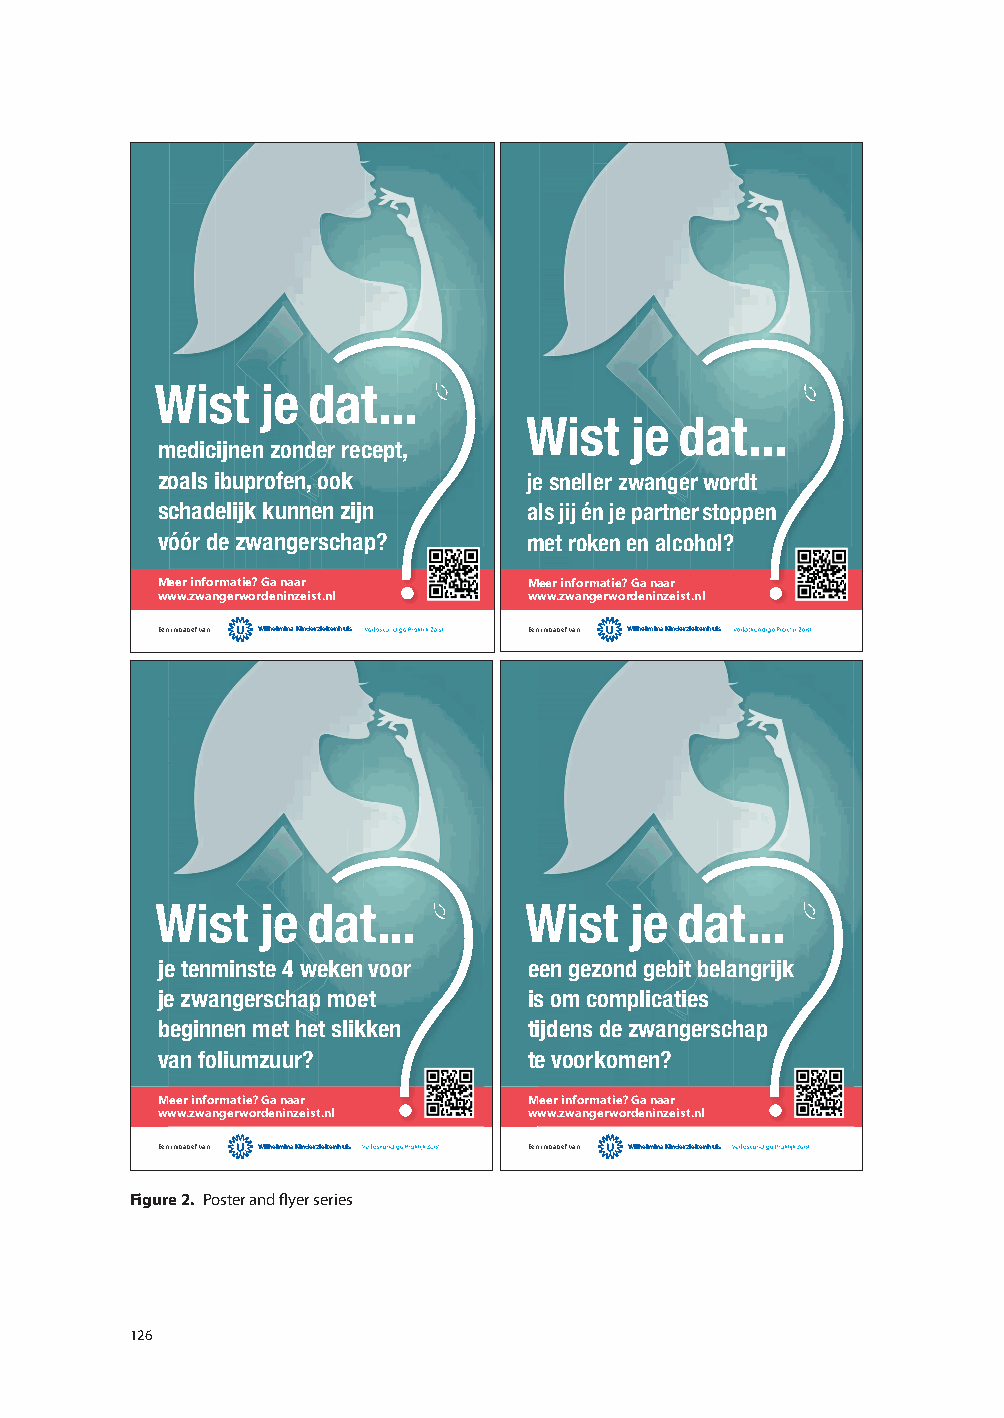
WistÊjeÊdat...ÊÊ
 WistÊjeÊdat...ÊÊ
 medicijnenÊzonderÊrecept,ÊÊÊ
 zoalsÊibuprofen,ÊookÊÊÊ  jeÊsnellerÊzwangerÊwordtÊÊÊ
 schadelijkÊkunnenÊzijnÊÊÊ alsÊjijÊŽnÊjeÊpartnerÊstoppenÊÊ
 v——rÊdeÊzwangerschap?    metÊrokenÊenÊalcohol?
 Meer informatie? Ga naar Meer informatie? Ga naar
 www.zwangerwordeninzeist.nl www.zwangerwordeninzeist.nl
 Een initiatief van Wilhelmina Kinderziekenhuis Een initiatief van Wilhelmina Kinderziekenhuis
 WistÊjeÊdat...ÊÊ         WistÊjeÊdat...ÊÊ
 jeÊtenminsteÊ4ÊwekenÊvoorÊÊÊ eenÊgezondÊgebitÊbelangrijkÊÊÊÊÊ
 jeÊzwangerschapÊmoetÊÊÊ  isÊomÊcomplicatiesÊÊÊ
 beginnenÊmetÊhetÊslikkenÊÊÊ tijdensÊdeÊzwangerschapÊÊÊ
 vanÊfoliumzuur?          teÊvoorkomen?
 Meer informatie? Ga naar Meer informatie? Ga naar
 www.zwangerwordeninzeist.nl www.zwangerwordeninzeist.nl
 Een initiatief van Wilhelmina Kinderziekenhuis Een initiatief van Wilhelmina Kinderziekenhuis
 Figure 2. Poster and flyer series
 126